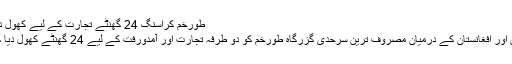
طورخم کراسنگ 24 گھنٹے تجارت کے لیے کھول دی گئی
پاکستان اور افغانستان کے درمیان مصروف ترین سرحدی گزرگاہ طورخم کو دو طرفہ تجارت اور آمدورفت کے لیے 24 گھنٹے کھول دیا گیا ہے۔